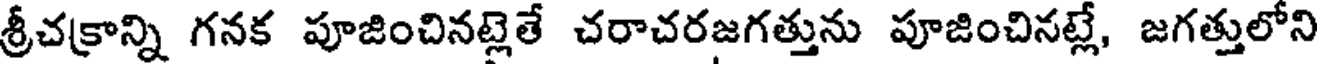
శ్రీచక్రాన్ని గనక పూజించినట్లెతే చరాచరజగత్తును పూజించినట్లే, జగత్తులోని